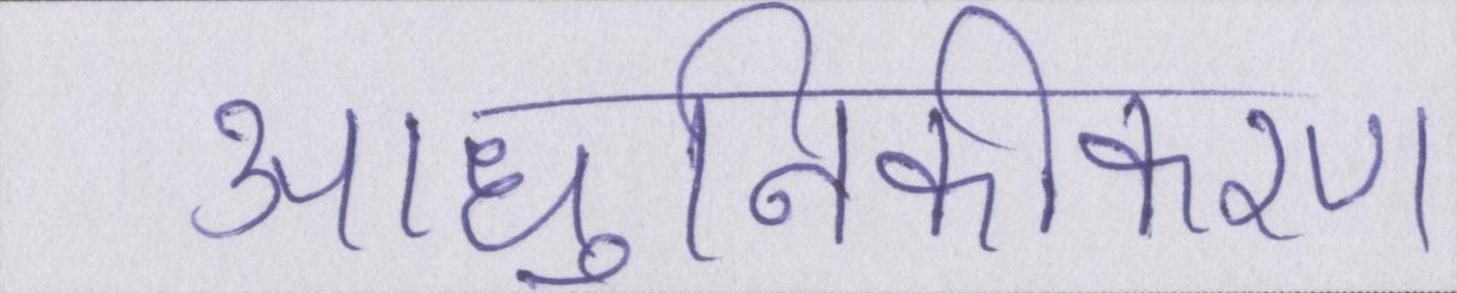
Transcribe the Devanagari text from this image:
आधुनिकीकरण